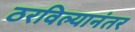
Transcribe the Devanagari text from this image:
ठरविल्यानंतर